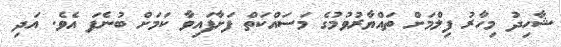
ޝާހިދު މިހާރު ފިލްމަށް ތައްޔާރުވުމުގެ މަސައްކަތް ފަށާފައިވާ ކަމަށް ބުނެފަ އެވެ. އަދި